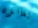
يعانون